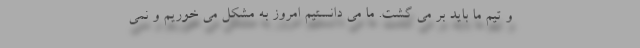
و تیم ما باید بر می گشت. ما می دانستیم امروز به مشکل می خوریم و نمی